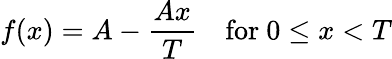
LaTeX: f(x)=A-{\frac{Ax}{T}}\quad{\mathrm{for~}}0\leq x<T